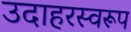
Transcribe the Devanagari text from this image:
उदाहरस्वरूप